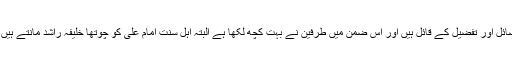
اسی طرح شیعہ و سنی علما حضرت امام علیؑ کے مناقب، فضائل اور تفضیل کے قائل ہیں اور اس ضمن میں طرفین نے بہت کچھ لکھا ہے البتہ اہل سنت امام علیؑ کو چوتھا خلیفہ راشد مانتے ہیں جبکہ شیعہ رسول اسلامﷺ کے بعد خلیفہ بلا فصل مانتے ہیں۔